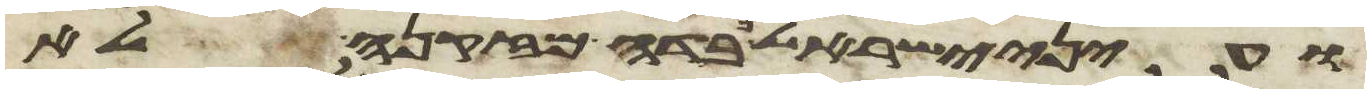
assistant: ועיני ישראל כבדה מזקנה לא